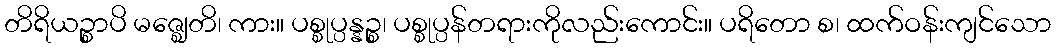
တိရိယဉ္စာပိ မဇ္ဈေတိ၊ ကား။ ပစ္စုပ္ပန္နဉ္စ၊ ပစ္စုပ္ပန်တရားကိုလည်းကောင်း။ ပရိတော စ၊ ထက်ဝန်းကျင်သော